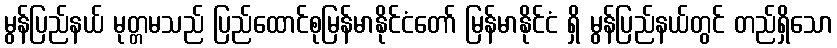
မွန်ပြည်နယ် မုတ္တမသည် ပြည်ထောင်စုမြန်မာနိုင်ငံတော် မြန်မာနိုင်ငံ ရှိ မွန်ပြည်နယ်တွင် တည်ရှိသော